Indian journal of veterinary science and animal husbandry - Volume 10,
Year: 1940
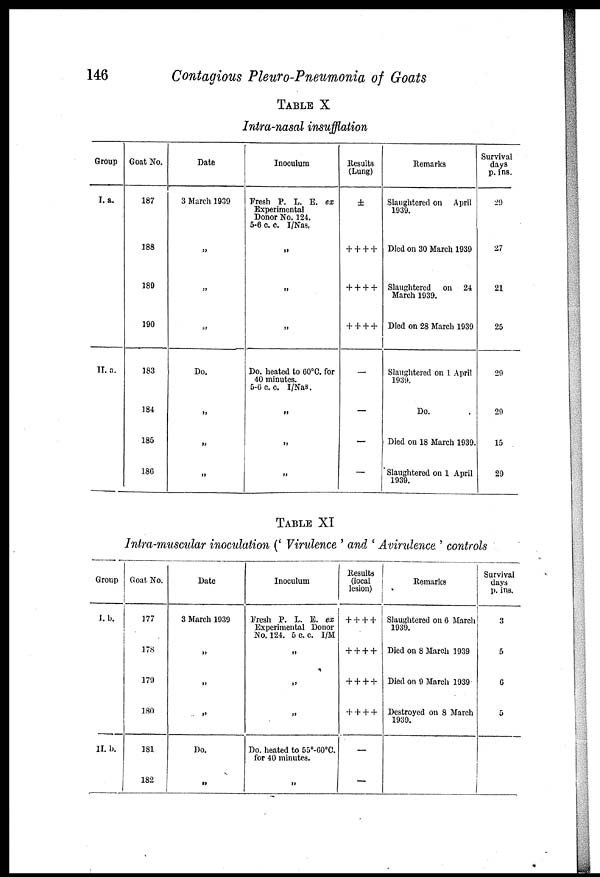
146
Contagious Pleuro-Pneumonia of Goats
TABLE X
Intra-nasal insufflation
Group
I. a.
II. a.
Goat No.
187
188
189
190
183
184
185
186
Date
3 March 1939
„
„
„
Do.
„
„
„
Inoculum
Fresh P. L. E. ex
Experimental
Donor No. 124.
5-6 c. c. I/Nas.
„
„
„
Do. heated to 00°C. for
40 minutes.
5-0 c.c. I/Nas.
„
„
„
Results
(Lung)
±
+ + + +
+ + + +
+ + + +
—
—
—
—
Remarks
Slaughtered on April
1939.
Died on 30 March 1939
Slaughtered
on 24
March 1939.
Died on 28 March 1939
Slaughtered on 1 April
1939.
Do.
Died on 18 March 1939.
Slaughtered on 1 April
1939.
Survival
days
p. ins.
29
27
21
25
29
29
15
29
TABLE XI
Intra-muscular inoculation (' Virulence ' and ' Avirulence ' controls )
Group
I. b.
II. b.
Goat No.
177
178
179
180
181
182
Date
3 March 1939
„
„
„
Do.
„
Inoculum
Fresh P. L. E. ex
Experimental Donor
No. 124. 5 c. c. I/M
„
„
„
Do. heated to 55°-60°C.
for 40 minutes.
„
Results
(local
lesion)
+ + + +
+ + + +
+ + + +
+ + + +
—
—
Remarks
Slaughtered on 6 March
1939.
Died on 8 March 1939
Died on 9 March 1939
Destroyed on 8 March
1939.
Survival
days
p. ins.
3
5
6
5